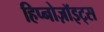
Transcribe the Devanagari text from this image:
हिप्नोज़ॉइट्स